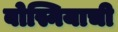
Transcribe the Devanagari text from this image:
बोस्नियाची